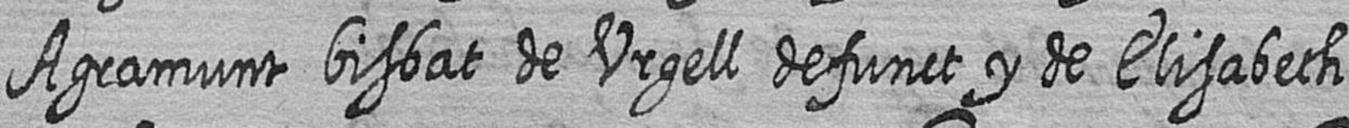
Agramunt bisbat de Urgell defunct y de Elisabeth